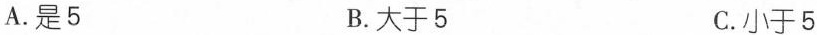
A.是5 B.大于5 C.小于5